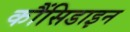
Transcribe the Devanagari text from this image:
कौंसिडाइन